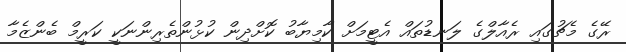
ރޭގެ މެޗުގައި ރެއާލްގެ ލަނޑުތައް އެޓީމަށް ކާމިޔާބު ކޮށްދިން ކުޅުންތެރިންނަކީ ކަރީމް ބެންޒެމާ